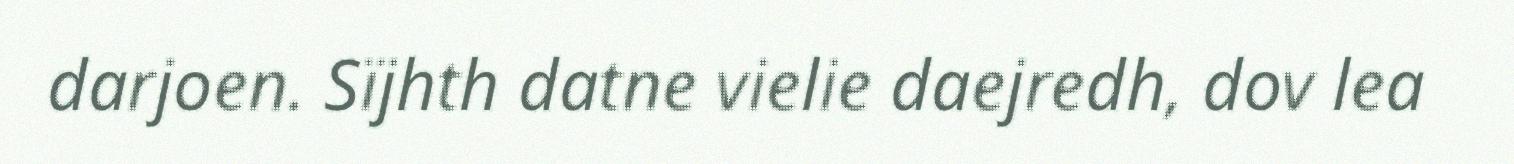
darjoen. Sïjhth datne vielie daejredh, dov lea